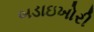
બડાઇખોરી